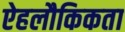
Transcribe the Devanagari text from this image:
ऐहलौकिकता